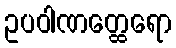
ဥပဝါဏတ္ထေရော